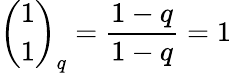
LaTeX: {\binom{1}{1}}_{q}={\frac{1-q}{1-q}}=1